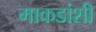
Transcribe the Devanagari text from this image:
माकडांशी